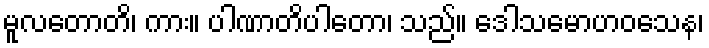
မူလတောတိ၊ ကား။ ပါဏာတိပါတော၊ သည်။ ဒေါသမောဟဝသေန၊